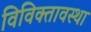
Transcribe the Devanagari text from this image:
विविक्तावस्था